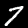
Digit: 7